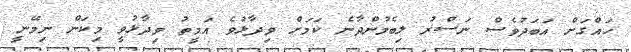
ހައްގަށް އަބަދުވެސް ނަސްރު ލިބެމުންދާނެ ކަމަށް ވިދާޅުވެ އަމީތު ވިދާޅުވީ މިކަން ނިމޭނީ